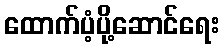
ထောက်ပံ့ပို့ဆောင်ရေး